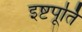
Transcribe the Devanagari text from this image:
इष्टपूर्ति